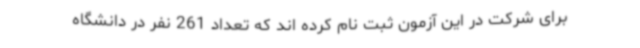
برای شرکت در این آزمون ثبت نام کرده اند که تعداد 261 نفر در دانشگاه